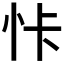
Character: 𱞊